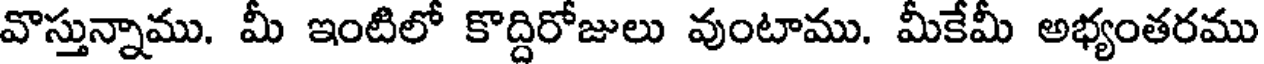
వొస్తున్నాము. మీ ఇంటిలో కొద్దిరోజులు వుంటాము. మీకేమీ అభ్యంతరము